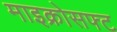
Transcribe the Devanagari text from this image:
माइक्रोसफ्ट